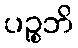
ပဉ္စဘိ